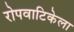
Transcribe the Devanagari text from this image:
रोपवाटिकेला